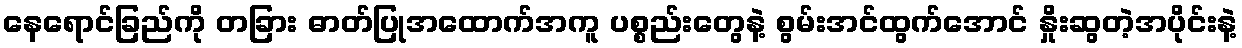
နေရောင်ခြည်ကို တခြား ဓာတ်ပြုအထောက်အကူ ပစ္စည်းတွေနဲ့ စွမ်းအင်ထွက်အောင် နှိုးဆွတဲ့အပိုင်းနဲ့